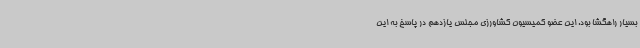
بسیار راهگشا بود. این عضو کمیسیون کشاورزی مجلس یازدهم در پاسخ به این